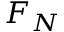
F _ { N }